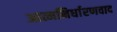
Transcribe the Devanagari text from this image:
आत्मनिर्धारणवाद